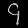
Digit: ၄